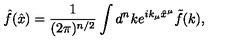
\hat { f } ( \hat { x } ) = \frac { 1 } { ( 2 \pi ) ^ { n / 2 } } \int d ^ { n } k e ^ { i k _ { \mu } \hat { x } ^ { \mu } } \tilde { f } ( k ) ,